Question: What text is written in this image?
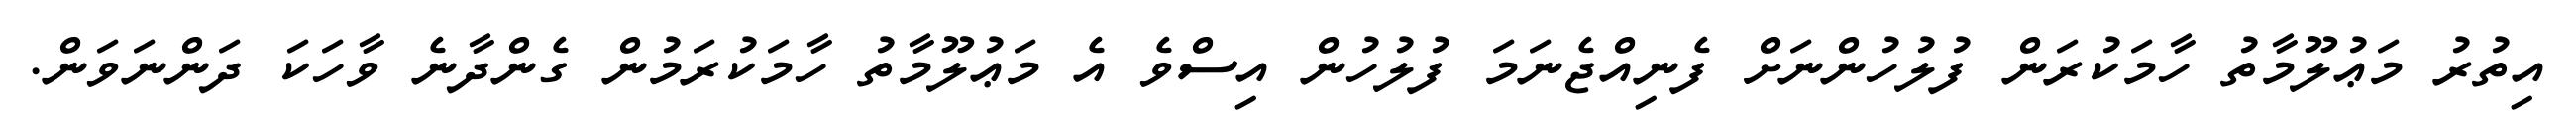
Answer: އިތުރު މަޢުލޫމާތު ހާމަކުރަން ފުލުހުންނަށް ފެނިއްޖެނަމަ ފުލުހުން އިސްވެ އެ މަޢުލޫމާތު ހާމަކުރަމުން ގެންދާނެ ވާހަކަ ދަންނަވަން.